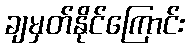
ချမှတ်နိုင်ကြောင်း